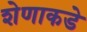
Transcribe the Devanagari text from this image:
शेणाकडे